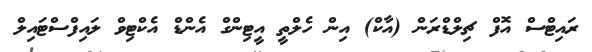
ރައިޓްސް އޮފް ޗިލްޑްރަން (އާކް) އިން ހެލްތީ އީޓިންގް އެންޑް އެކްޓިވް ލައިފްސްޓައިލް